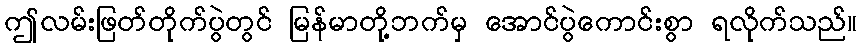
ဤလမ်းဖြတ်တိုက်ပွဲတွင် မြန်မာတို့ဘက်မှ အောင်ပွဲကောင်းစွာ ရလိုက်သည်။